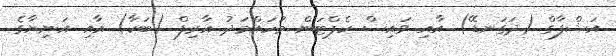
އަޝްފާގް (ދަގަނޑޭ) އާއި ވައިސް ކެޕްޓަން މުހައްމަދު އާރިފް (ބަކާ) އާއި އަނިޔާގެ